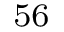
^ { 5 6 }